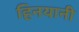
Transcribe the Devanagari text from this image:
हिनयानी